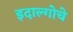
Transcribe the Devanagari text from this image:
इदाल्गोचे